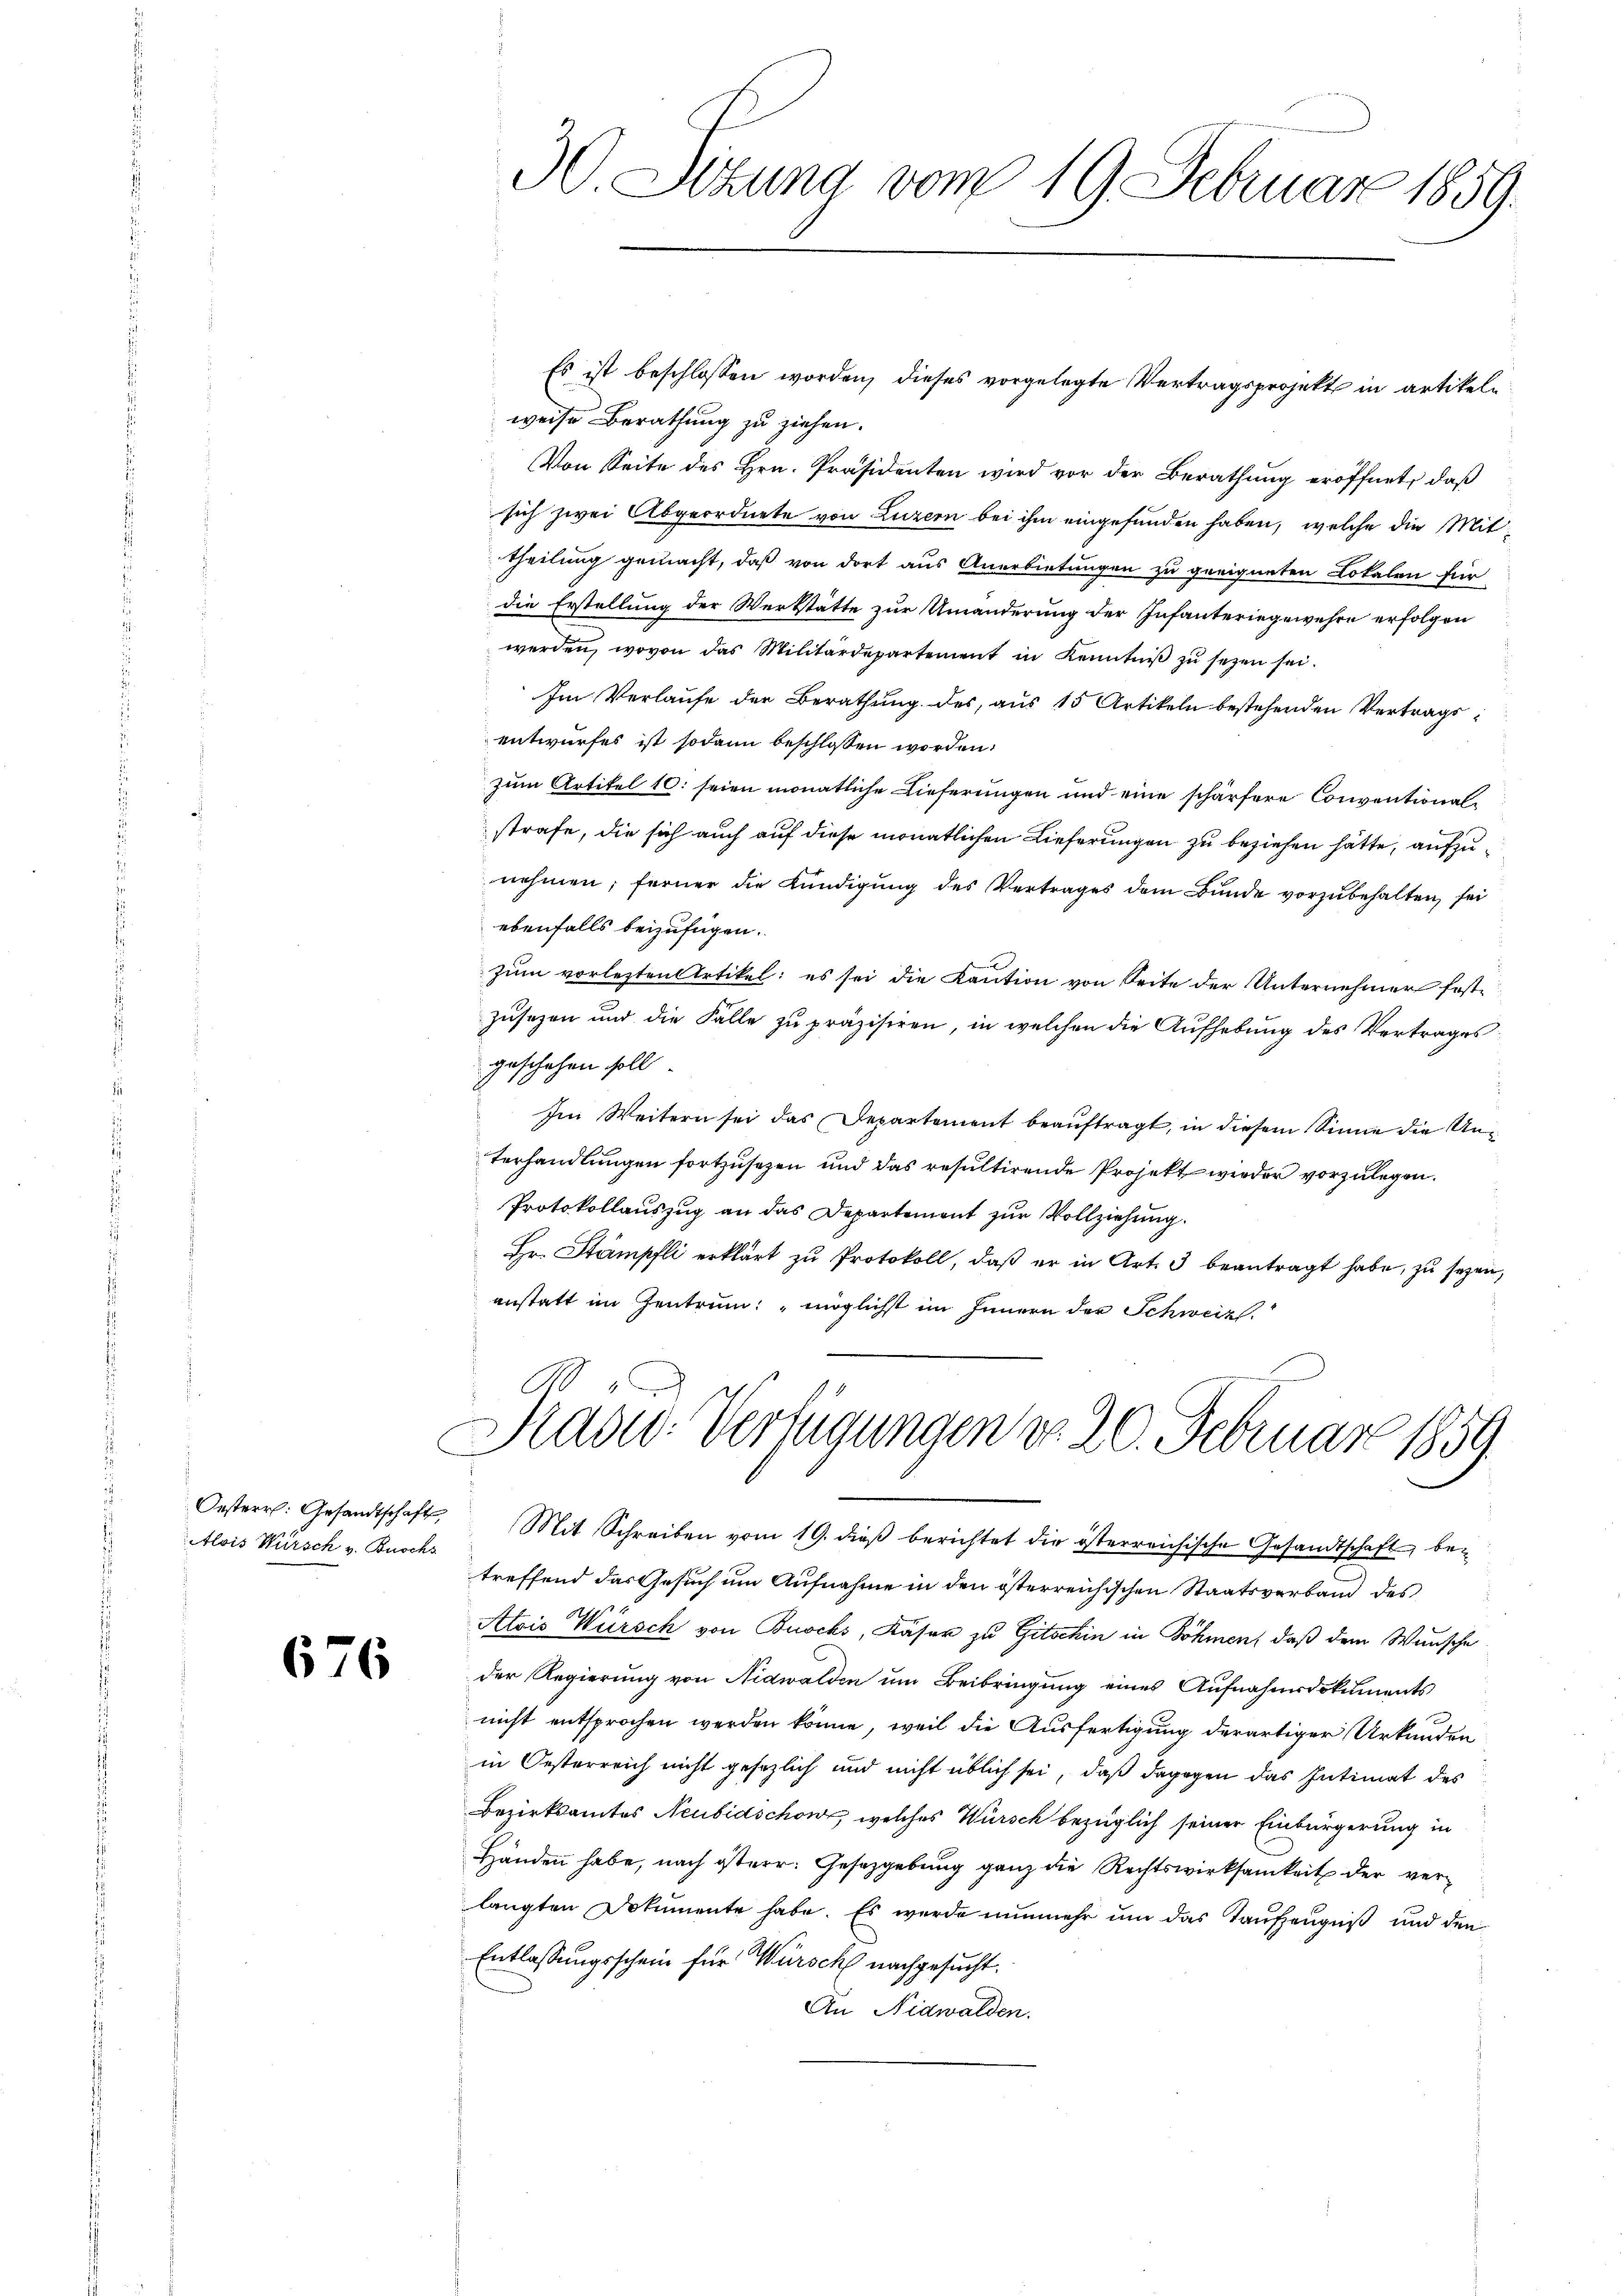
Alois Wursch v. Buschs

676

weise Berathung zu ziehen.
Von Seite des Hrn. Präsidenten wird vor der Berathung eröffnet, daß
sich zwei Abgeordnete von Luzern bei ihm eingefunden haben, welche die Mittheilung gemacht, daß von dort aus Anerbietungen zu geeigneten Lokalen für
die Erstellung der Werkstätte zur Umänderung der Infanteriegewehre erfolgen
werden, wovon das Militärdepartement in Kenntniβ zŭ sezen sei.
Im Verlaŭfe der Berathŭng des aŭs 15 Artikeln bestehenden Vertragsentwurfes ist sodann beschlossen worden:
zum Artikel 10: seien monatliche Lieferungen und eine schärfere Conventionalstrafe, die sich auch auf diese monatlichen Lieferungen zu beziehen hätte, aufzunehmen; ferner die Kündigung des Vertrages dem Bunde vorzubehalten, sei
ebenfalls beizufügen.
zum vorletzten Artikel; es sei die Kaution von Seite der Unternehmer festzusezen und die Fälle zu präzisiren, in welchen die Aufhebung des Vertrages
geschehen soll.
Im Weitern sei das Departement beauftragt, in diesem Sinne die Unterhandlungen fortzusetzen und das resultirende Projekt wieder vorzulegen.
Protokollauszug an das Departement zur Vollziehung.
Hr. Stämpfli erklärt zŭ Protokoll, daβ er in Art. 3 beantragt habe, zu seyen,
anstatt im Zentrum: "möglichst im Innern der Schweiz.

30 Sitzung vom 19. Februar 1859.

Es ist beschlossen worden, dieses vorgelegte Vertragsprojekt in artikeln

Radw. Verfügungen do 20. Februar 1859.

Oesterr. Gesandtschaft. Mit Schreiben vom 19. dieβ berichtet die österreichische Gesandtschaft, betreffend das Gesuch um Aufnahme in den österreichischen Staatsverband des
Atois Würsch von Buochs, Käser zu Gitschin in Böhmen, daß dem Wunsche
der Regierung von Nidwalden um Beibringung eines Aufnahmsdokuments
nicht entsprochen werden könne, weil die Ausfertigung derartiger Urkunden
in Oesterreich nicht gesezlich und nicht üblich sei, daß dagegen das Intimat des
Bezirksamtes Neubidschow, welches Würsch bezüglich seiner Einbürgerung in
Händen habe, nach österr. Gesetzgebung ganz die Rechtswirksamkeit der verlangten Dokumente habe. Es wurde nunmehr um das Taufzeugniß und den
Entlassungsschein für Würsch nachgesucht.
An Nidwalden.